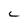
Character: C